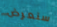
سنعرض